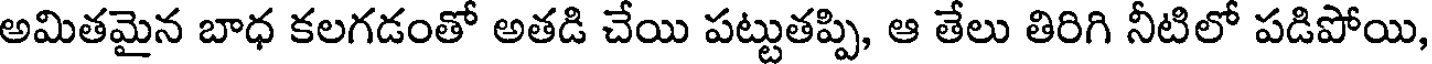
అమితమైన బాధ కలగడంతో అతడి చేయి పట్టుతప్పి, ఆ తేలు తిరిగి నీటిలో పడిపోయి,